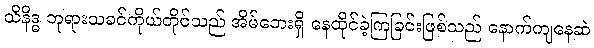
သိနိဒ္ဓ ဘုရားသခင်ကိုယ်တိုင်သည် အိမ်ဘေးရှိ နေထိုင်ခဲ့ကြခြင်းဖြစ်သည် နောက်ကျနေဆဲ